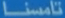
تامسنا